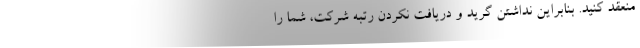
منعقد کنید. بنابراین نداشتن گرید و دریافت نکردن رتبه شرکت، شما را